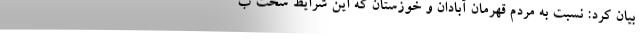
بیان کرد: نسبت به مردم قهرمان آبادان و خوزستان که این شرایط سخت ب